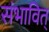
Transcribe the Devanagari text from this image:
संभावित्